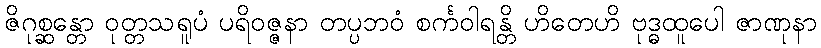
ဇိဂုစ္ဆန္တော ဝုတ္တသရူပံ ပရိဝဇ္ဇနာ တပ္ပဘဝံ စင်္ကဝါရန္တိ ဟိတေဟိ ဗုဒ္ဓထူပေါ ဇာဏုနာ